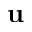
\mathbf { u }